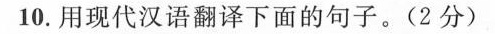
(2)恒恐儿之不胜杖而死也____。